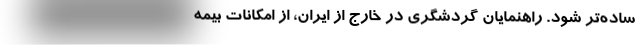
ساده‌تر شود. راهنمایان گردشگری در خارج از ایران، از امکانات بیمه